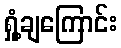
ရှုံ့ချကြောင်း